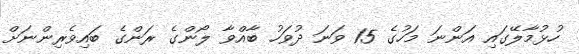
ހުޅުމާލޭގައި އަންނަ މަހުގެ 15 ވަނަ ދުވަހު ބާއްވާ ލޯންގެ ރަންގެ ބައިވެރިންނަށް